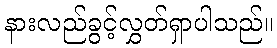
နားလည်ခွင့်လွှတ်ရှာပါသည်။